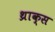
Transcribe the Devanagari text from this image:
थ्राक्स